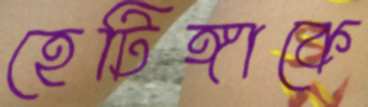
হেটিঙ্গাকে